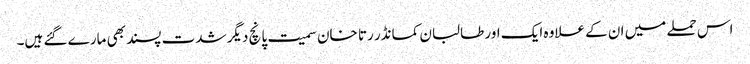
اس حملے میں ان کے علاوہ ایک اور طالبان کمانڈر رتا خان سمیت پانچ دیگر شدت پسند بھی مارے گئے ہیں۔